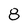
Character: 8